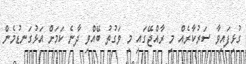
ގުޅިފައިވާ ސަރުކާރެއް މި ރާއްޖޭގައި މި ވަގުތު ބޭއްވި ދާނެ ކަމަށް އަޅުގަނޑުމެން